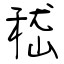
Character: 嵇